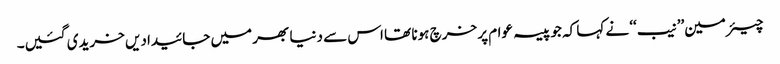
چیئرمین’’نیب‘‘ نے کہا کہ جو پیسہ عوام پر خرچ ہونا تھا اس سے دنیا بھر میں جائیدادیں خریدی گئیں۔